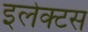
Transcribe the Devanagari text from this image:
इलेक्टस